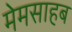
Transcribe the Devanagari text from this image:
मेमसाहब